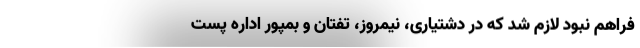
فراهم نبود لازم شد که در دشتیاری، نیمروز، تفتان و بمپور اداره پست